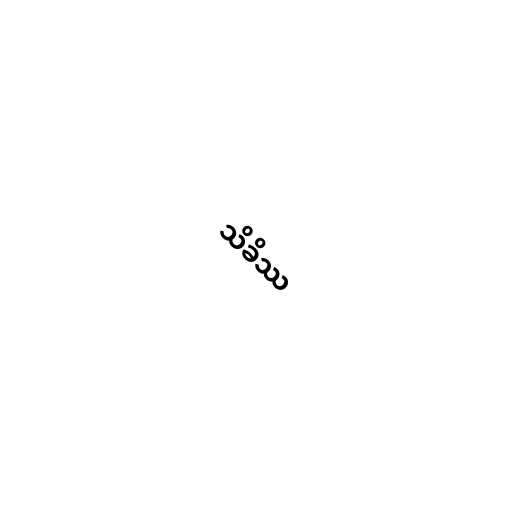
သိခိဿ